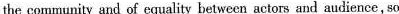
the community and of equality between actors and audience,so